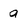
Character: a